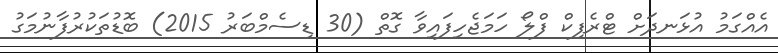
އެއްގަމު އުޅަނދަށް ޓްރެފިކް ފްލޯ ހަމަޖެހިފައިވާ ގޮތް (30 ޑިސެމްބަރު 2015) ބޮޑުތަކުރުފާނުމަގު